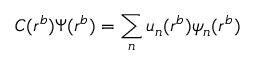
C ( r ^ { b } ) \Psi ( r ^ { b } ) = \sum _ { n } u _ { n } ( r ^ { b } ) \psi _ { n } ( r ^ { b } )